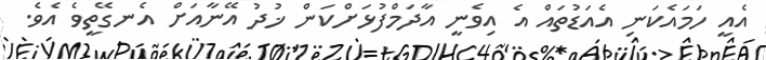
އެއީ ހަމައެކަނި އެއަޑުތައް އެ އިވެނީ އާދަމްފުޅަށްކަން ޚުދު އޭނާއަށް އެނގޭތީވެ އެވެ.